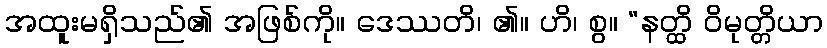
အထူးမရှိသည်၏ အဖြစ်ကို။ ဒေဿတိ၊ ၏။ ဟိ၊ စွ။ “နတ္ထိ ဝိမုတ္တိယာ